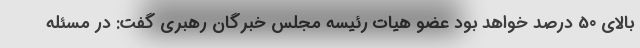
بالای 50 درصد خواهد بود عضو هیات رئیسه مجلس خبرگان رهبری گفت: در مسئله